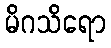
မိဂသိရော